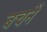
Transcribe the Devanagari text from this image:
बचनें